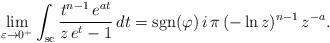
LaTeX: \begin{align*}\lim_{\varepsilon\to 0^+} \int_{\rm sc}\frac{t^{n-1}\,{e}^{at}}{z\,{e}^t-1}\,{d}t = {\rm sgn}(\varphi)\,{i}\,\pi\,(-\ln z)^{n-1}\,z^{-a}. \end{align*}